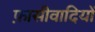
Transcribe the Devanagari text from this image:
फ़ासीवादियों